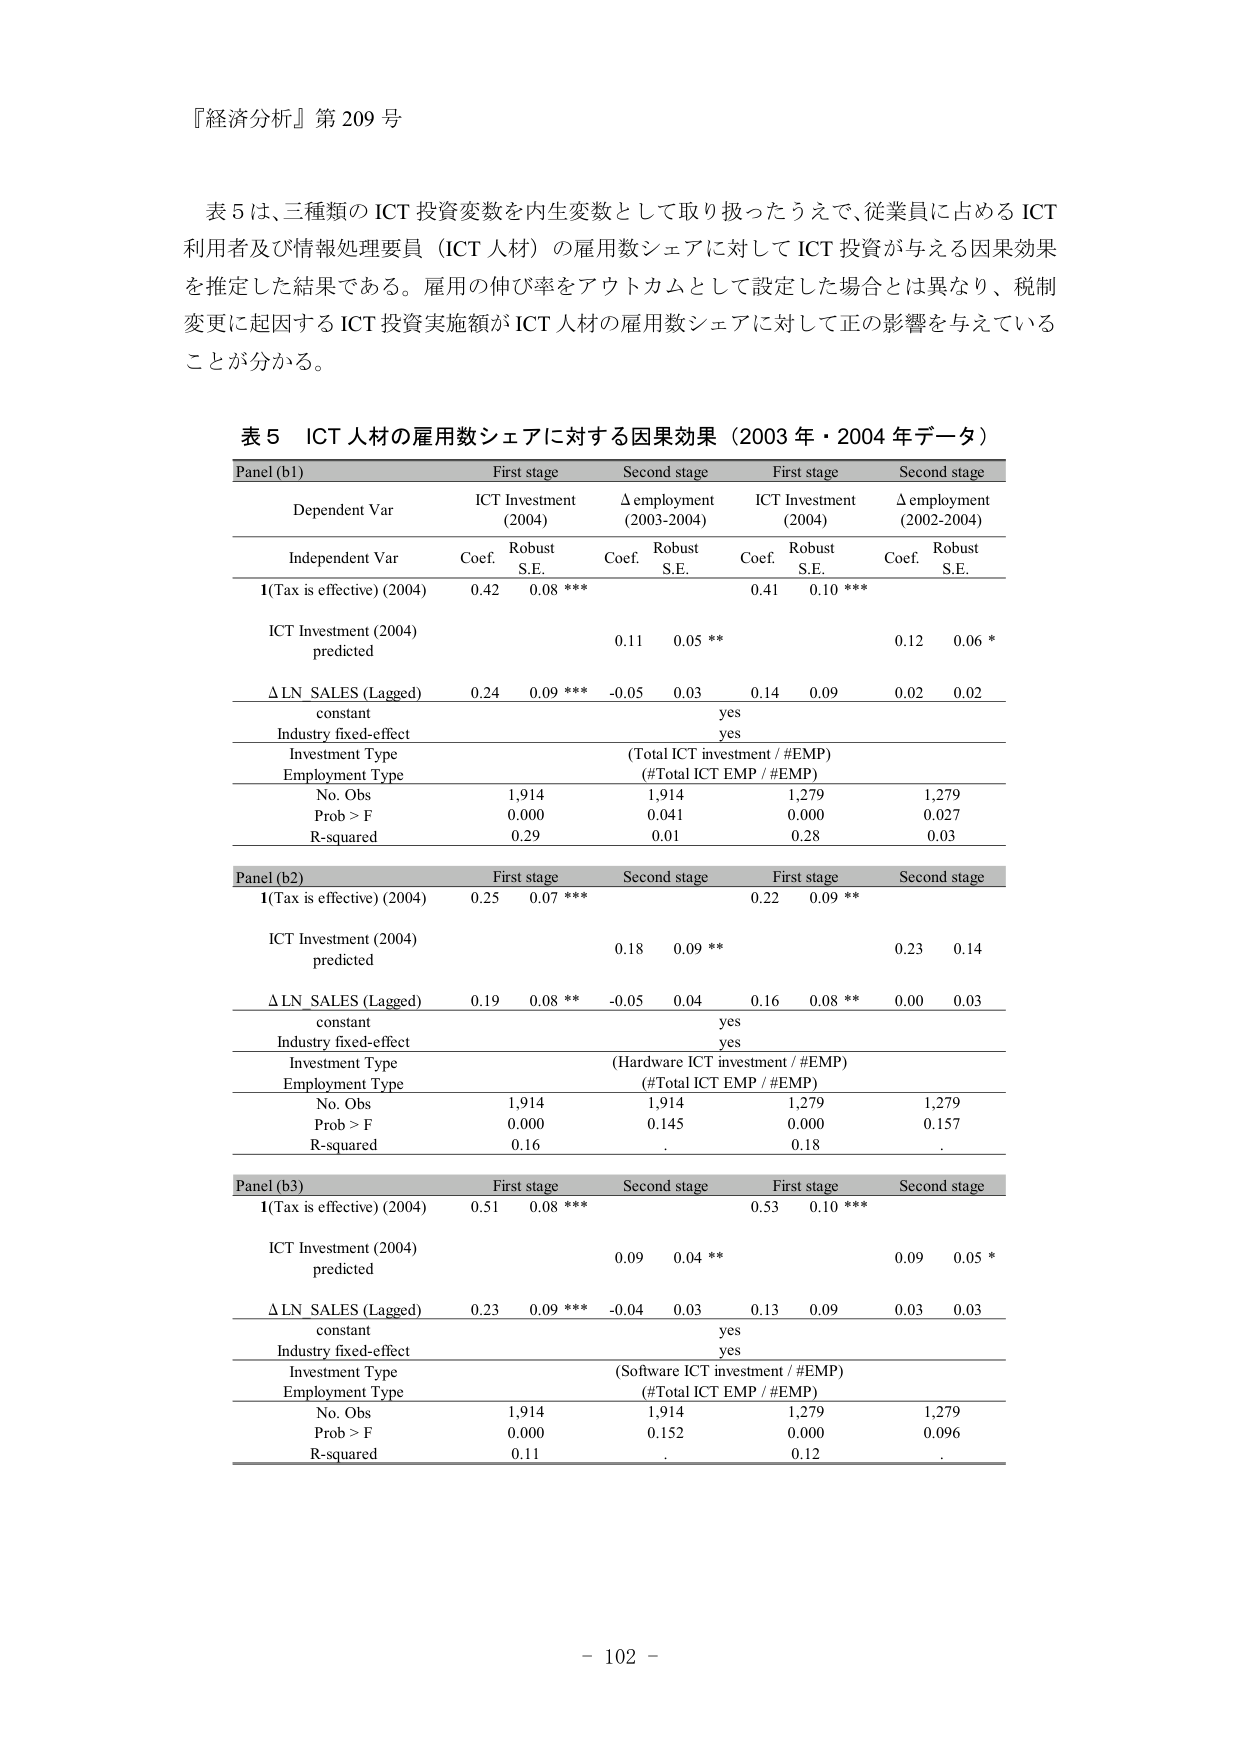
『経済分析』第 209 号

表５は、三種類の ICT 投資変数を内生変数として取り扱ったうえで、従業員に占める ICT 利用者及び情報処理要員（ICT 人材）の雇用数シェアに対して ICT 投資が与える因果効果を推定した結果である。雇用の伸び率をアウトカムとして設定した場合とは異なり、税制変更に起因する ICT 投資実施額が ICT 人材の雇用数シェアに対して正の影響を与えていることが分かる。

表５ ICT 人材の雇用数シェアに対する因果効果（2003 年・2004 年データ）

Panel (b1) First stage Second stage First stage Second stage
Dependent Var ICT Investment (2004) Δ employment (2003-2004) ICT Investment (2004) Δ employment (2002-2004)
Independent Var Coef. Robust S.E. Coef. Robust S.E. Coef. Robust S.E. Coef. Robust S.E.
I(Tax is effective) (2004) 0.42 0.08 *** 0.41 0.10 ***
ICT Investment (2004) predicted 0.11 0.05 ** 0.12 0.06 *
Δ LN SALES (Lagged) 0.24 0.09 *** -0.05 0.03 0.14 0.09 0.02 0.02
constant yes
Industry fixed-effect yes
Investment Type (Total ICT investment / #EMP)
Employment Type (#Total ICT EMP / #EMP)
No. Obs 1,914 1,914 1,279 1,279
Prob > F 0.000 0.041 0.000 0.027
R-squared 0.29 0.01 0.28 0.03

Panel (b2) First stage Second stage First stage Second stage
I(Tax is effective) (2004) 0.25 0.07 *** 0.22 0.09 **
ICT Investment (2004) predicted 0.18 0.09 ** 0.23 0.14
Δ LN SALES (Lagged) 0.19 0.08 ** -0.05 0.04 0.16 0.08 ** 0.00 0.03
constant yes
Industry fixed-effect yes
Investment Type (Hardware ICT investment / #EMP)
Employment Type (#Total ICT EMP / #EMP)
No. Obs 1,914 1,914 1,279 1,279
Prob > F 0.000 0.145 0.000 0.157
R-squared 0.16. 0.18.

Panel (b3) First stage Second stage First stage Second stage
I(Tax is effective) (2004) 0.51 0.08 *** 0.53 0.10 ***
ICT Investment (2004) predicted 0.09 0.04 ** 0.09 0.05 *
Δ LN SALES (Lagged) 0.23 0.09 *** -0.04 0.03 0.13 0.09 0.03 0.03
constant yes
Industry fixed-effect yes
Investment Type (Software ICT investment / #EMP)
Employment Type (#Total ICT EMP / #EMP)
No. Obs 1,914 1,914 1,279 1,279
Prob > F 0.000 0.152 0.000 0.096
R-squared 0.11. 0.12.

- 102 -